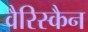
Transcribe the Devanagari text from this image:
वैरिस्कैन